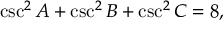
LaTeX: \csc ^ { 2 } A + \csc ^ { 2 } B + \csc ^ { 2 } C = 8 ,